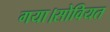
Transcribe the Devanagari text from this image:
गया।सोवियत